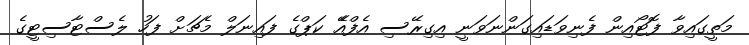
މަތީގައިވާ ފޮޓޯއިން ފެނިވަޑައިގަންނަވަނީ އިގިރޭސި އެފްއެޭ ކަޕްގެ ފައިނަލް މެޗަށް ފަހު ލެސްޓާސިޓީގެ